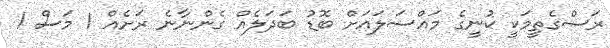
ރަސްގެތީމަކީ ކުނީގެ މައްސަލައަށް ބޮޑު ބަދަލެއް ގެންނާނެ ރަށެއް 1 މަސް 1